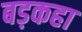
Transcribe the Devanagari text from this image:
बड़कहा